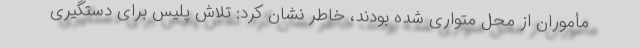
مأموران از محل متواری شده بودند، خاطر نشان کرد: تلاش پلیس برای دستگیری